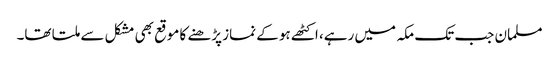
مسلمان جب تک مکہ میں رہے، اکٹھے ہو کے نماز پڑھنے کا موقع بھی مشکل سے ملتا تھا۔